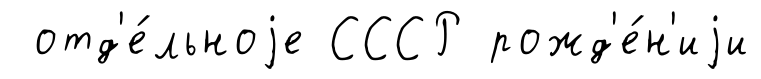
отд'е́льноjе СССР рожд'е́н'иjи